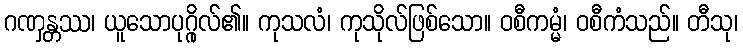
ဂဏှန္တဿ၊ ယူသောပုဂ္ဂိုလ်၏။ ကုသလံ၊ ကုသိုလ်ဖြစ်သော။ ဝစီကမ္မံ၊ ဝစီကံသည်။ တီသု၊